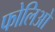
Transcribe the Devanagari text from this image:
फोलिओ